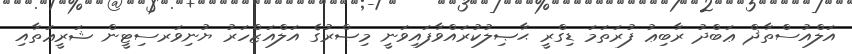
އަލްއުސްތާޛް ޢަބްދު ރާބިޢު ފުރަތަމަ ޑިގްރީ ޙާޞިލުކުރައްވާފައިވަނީ މިޞްރުގެ އަލްއަޒްހަރު ޔުނިވަރސިޓީން ޝަރީޢަތާއި